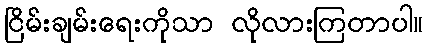
ငြိမ်းချမ်းရေးကိုသာ လိုလားကြတာပါ။